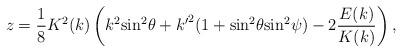
LaTeX: \begin{align*}z = {1 \over 8} K^2 (k) \left( k^2 {\sin}^2 \theta + {k^{\prime}}^2(1 + {\sin}^2 \theta {\sin}^2 \psi ) - 2 {E(k) \over K(k)} \right) ,\end{align*}